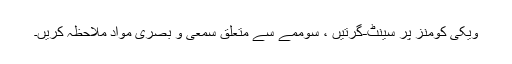
ویکی کومنز پر سینٹ-گرتیں ، سوممے سے متعلق سمعی و بصری مواد ملاحظہ کریں۔